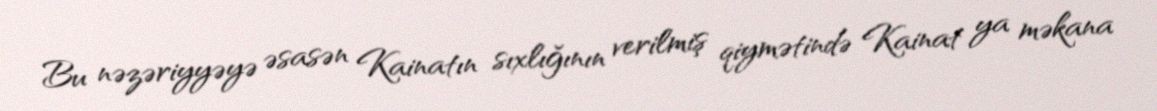
Bu nəzəriyyəyə əsasən Kainatın sıxlığının verilmiş qiymətində Kainat ya məkana